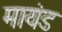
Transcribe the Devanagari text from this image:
मायंड